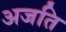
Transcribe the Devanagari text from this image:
अजति